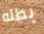
بطله